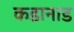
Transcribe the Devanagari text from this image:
कडानाड